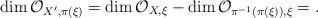
LaTeX: \begin{align*}\dim\mathcal O_{X',\pi(\xi)}=\dim\mathcal O_{X,\xi}-\dim\mathcal O_{\pi^{-1}(\pi(\xi)),\xi}=.\end{align*}